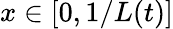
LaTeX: x\in[0,1/L(t)]